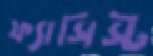
ফ্যাসিস্ট